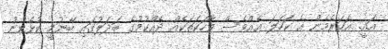
އައީ. އަހަރެމެން އެ ކަަހަލަ އެއްވެސް ވާހަކަތަކެއް ދެއްކުމުގެ ބަދަލުގައި ބޭނުމީ ކުޅެވުނު